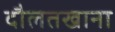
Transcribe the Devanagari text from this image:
दौलतखाना